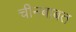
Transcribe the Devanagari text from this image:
चीनबाबत